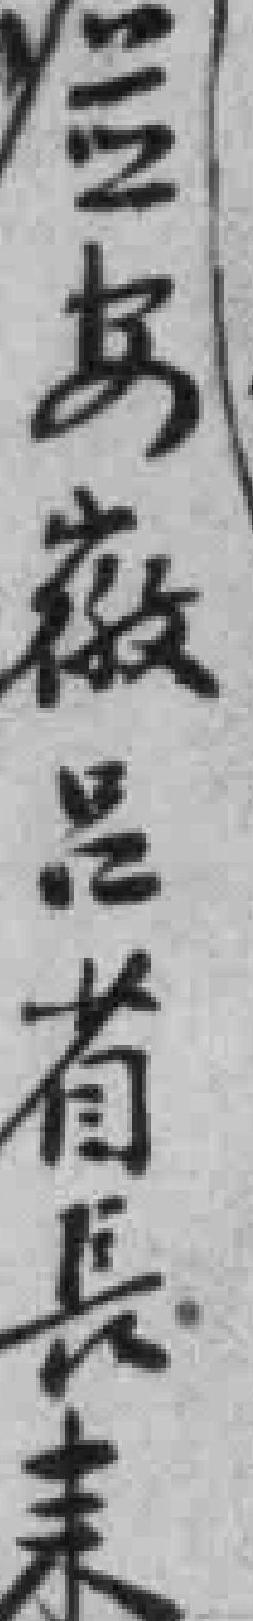
並安徽呂省長耒